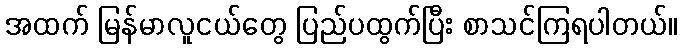
အထက် မြန်မာလူငယ်တွေ ပြည်ပထွက်ပြီး စာသင်ကြရပါတယ်။